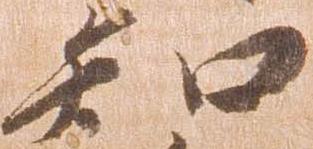
知